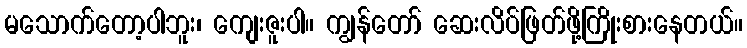
မသောက်တော့ပါဘူး၊ ကျေးဇူးပါ။ ကျွန်တော် ဆေးလိပ်ဖြတ်ဖို့ကြိုးစားနေတယ်။